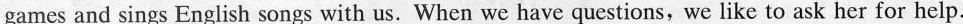
games and sings English songs with us. When we have questions, we like to ask her for help.